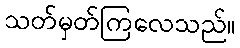
သတ်မှတ်ကြလေသည်။